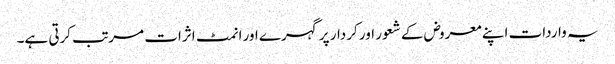
یہ واردات اپنے معروض کے شعور اور کردار پر گہرے اور انمٹ اثرات مرتب کرتی ہے۔